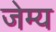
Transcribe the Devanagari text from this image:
जेम्य